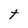
Character: t